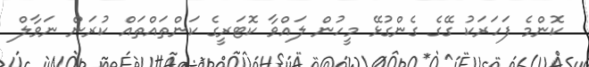
ކޮންމެ ފަހަރަކު ގޭގެ ގެންގުޅޭ މީހުން ލައްވާ ކޮޓަރީގެ ކަންތައްތައް ކުރަން ނަވާލް